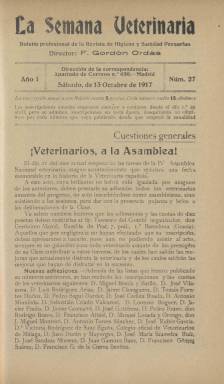
Título: La Semana veterinaria
Colección: Agricultura y ganadería || Veterinaria
Ámbito geográfico: Madrid
Lugar de publicación: Madrid
Fechas: 13/10/1917-01/01/1928

Se han digitalizado solo los números que faltan en la colección de la Universidad Autónoma de Barcelona.

---

   Boletín profesional que se editaba semanalmente como complemento de la Revista de Higiene y Sanidad Pecuarias, de periodicidad mensual. Comenzó a publicarse en abril de 1917 y se prolongó hasta el comienzo de la Guerra Civil. Su importancia radica sobre todo en la persona de su fundador y director, Félix Gordón Ordás, veterinario de profesión y político republicano que llegaría a alcanzar la presidencia del Gobierno español en el exilio.

   La BNE posee sólo un número del primer año de la publicación. El resto son números de los años 1925 a 1928. El número de páginas del Boletín, que apenas incluía ilustraciones, variaba habitualmente entre 8 y 16. Sus páginas estaban dedicadas a informar de los problemas y preocupaciones de los veterinarios de toda España, de sus relaciones con las distintas administraciones y la defensa de los profesionales, de las enfermedades de los animales, así como la denuncia de los industriales y ganaderos que intentaban adulterar los alimentos para obtener un mayor aprovechamiento económico.

  Una de las pocas veces que el Boletín incluyó una fotografía fue en su número de 13 de junio de 1926. En la portada aparece el retrato de Ramón Turró, a quien la publicación llama ‘el veterinario español más insigne de todos los tiempos’. El número, excepcionalmente de 20 páginas, es un monográfico dedicado a esta personalidad.

  Gordón Ordás, que como él mismo indicó comenzó a estudiar veterinaria en León por casualidad y sin auténtica vocación, acabó convertido en uno de los mayores impulsores de la profesión en España. El boletín y la revista que fundó sirvió de instrumento para la creación de la Asociación Nacional de Veterinarios de España y para dar a conocer las técnicas científicas más innovadoras en este campo. Gordón Ordás presidió la Asociación a partir de 1930 y adquirió un prestigio que le sirvió para su carrera política en los Gobiernos republicanos.

  Ordás fue el primero en proponer, siguiendo las experiencias extranjeras, el establecimiento de un registro para un mejor control del ganado y de las enfermedades y epidemias. Este censo fue tomado a broma por el mismo presidente Azaña y algunos ministros, dado que registrar, por ejemplo, a los conejos a partir de los tres meses de edad era un instrumento estadístico completamente novedoso en España.

  Enfrentado políticamente en varias ocasiones a Azaña, Gordón Ordás acabó siendo nombrado embajador en México antes del inicio de la Guerra Civil y ayudó a los españoles que se exiliaron después en ese país, donde falleció en 1973.

  Una semblanza de esta importante personalidad puede leerse en el Diccionario Biográfico de la Real Academia de la Historia, tanto de su labor en favor de la renovación del mundo veterinario durante los Gobiernos republicanos como de su estricta labor política antes y después de la Guerra Civil.

[Descripción publicada el 02/07/2020]